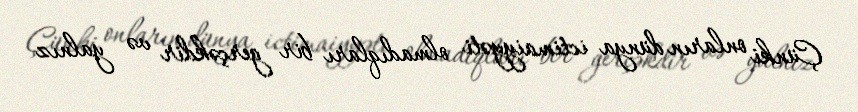
Çünki onların dünya ictimaiyyəti olmadıqları bir gerçəkdir və yalnız